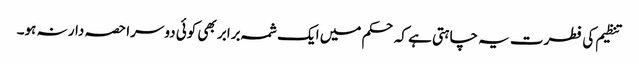
تنظیم کی فطرت یہ چاہتی ہے کہ حکم میں ایک شمہ برابر بھی کوئی دوسرا حصہ دار نہ ہو۔